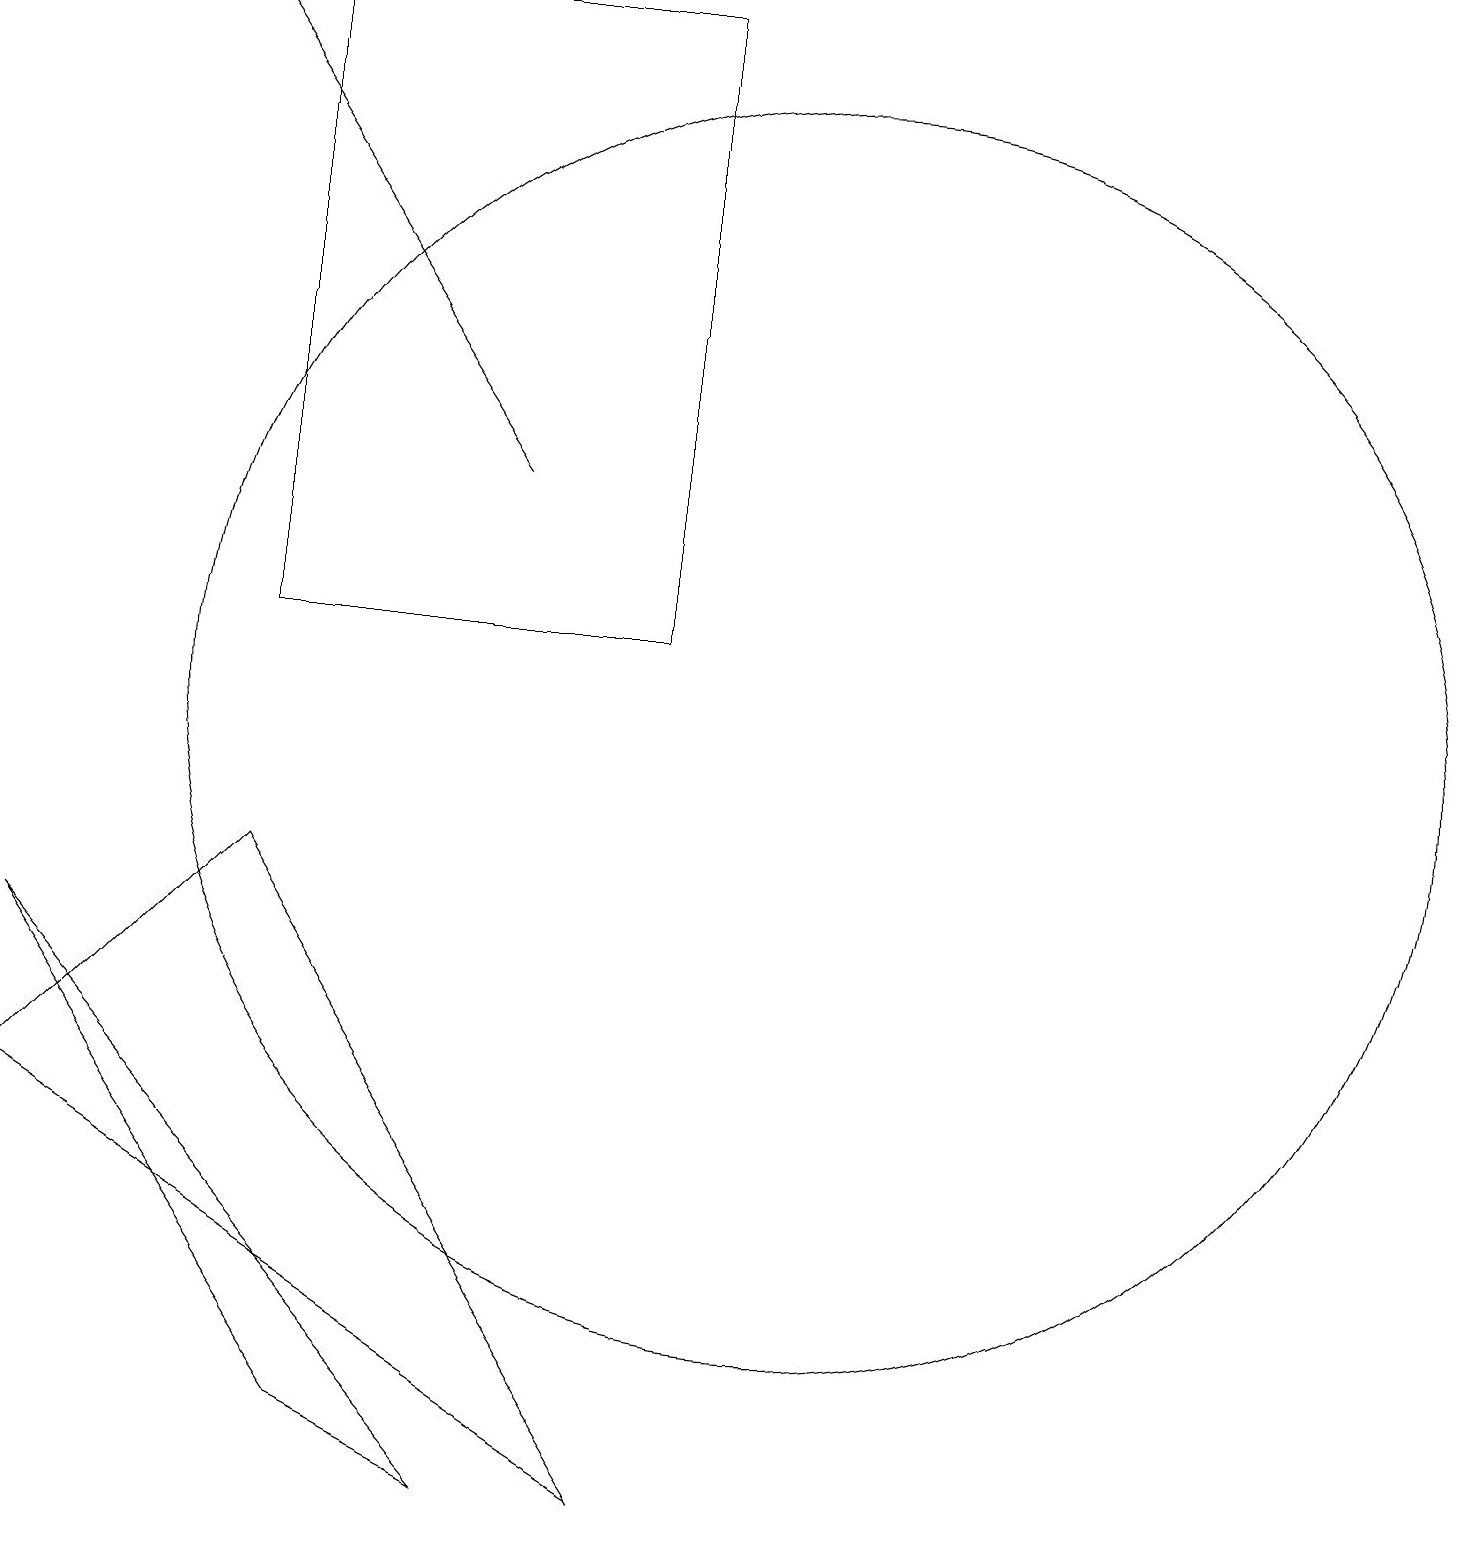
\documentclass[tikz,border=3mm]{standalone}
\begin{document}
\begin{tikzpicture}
\draw[->] (7,13) -- (3,19);
\draw (1,7) -- (5,1) -- (7,0) -- cycle;
\draw (4,8) -- (9,0) -- (1,5) -- cycle;
\draw (11,10) circle (8);
\draw (4,11) rectangle (9,19);
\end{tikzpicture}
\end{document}